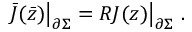
\bar { J } ( \bar { z } ) \bigr | _ { \partial \Sigma } = R J ( z ) \bigr | _ { \partial \Sigma } ~ .